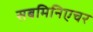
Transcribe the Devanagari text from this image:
सबमिनिएचर